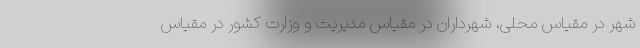
شهر در مقیاس محلی، شهرداران در مقیاس مدیریت و وزارت کشور در مقیاس